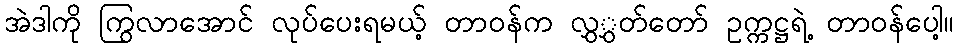
အဲဒါကို ကြွလာအောင် လုပ်ပေးရမယ့် တာဝန်က လွှွှတ်တော် ဥက္ကဋ္ဌရဲ့ တာဝန်ပေါ့။